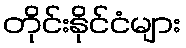
တိုင်းနိုင်ငံများ